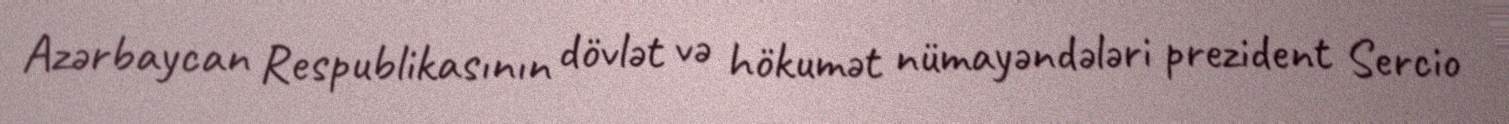
Azərbaycan Respublikasının dövlət və hökumət nümayəndələri prezident Sercio